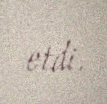
etdi.